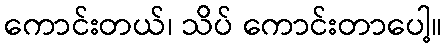
ကောင်းတယ်၊ သိပ် ကောင်းတာပေါ့။